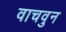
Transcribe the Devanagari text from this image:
वाचवुन